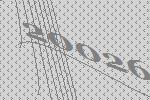
20026